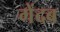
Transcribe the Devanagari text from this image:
गेंदब